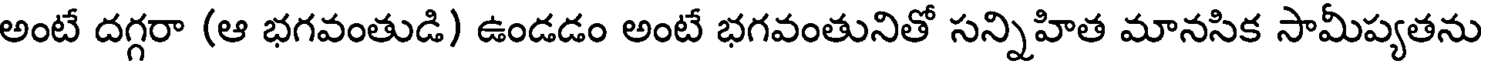
అంటే దగ్గరా (ఆ భగవంతుడి) ఉండడం అంటే భగవంతునితో సన్నిహిత మానసిక సామీప్యతను